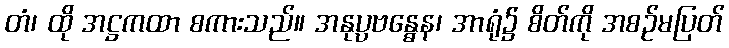
တံ၊ ထို အဋ္ဌကထာ စကားသည်။ အနုပ္ပဗန္ဓေန၊ အာရုံ၌ စိတ်ကို အစဉ်မပြတ်